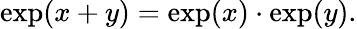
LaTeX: \exp(x+y)=\exp(x)\cdot\exp(y).